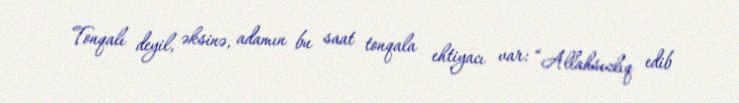
Tonqalı deyil, əksinə, adamın bu saat tonqala ehtiyacı var: “Allahsızlıq edib